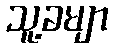
သူ့ခမျာ